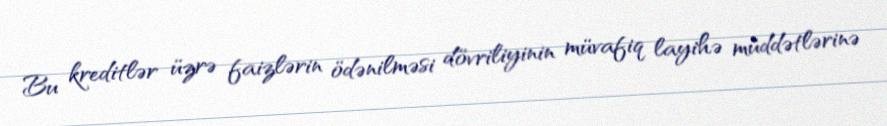
Bu kreditlər üzrə faizlərin ödənilməsi dövriliyinin müvafiq layihə müddətlərinə